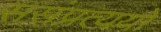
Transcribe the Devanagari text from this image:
ससंप्रत्ययो